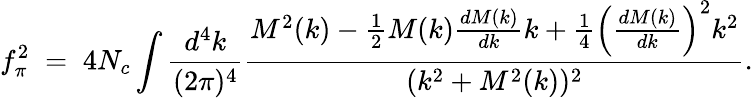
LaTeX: f_{\pi}^{2}\; =\; 4N_{c}\int\frac{d^{4}k}{(2\pi)^{4}}\frac{M^{2}(k)-\frac 12M(k)\frac{dM(k)}{dk}k+\frac 14\left(\frac{dM(k)}{dk}\right)^{2}k^{2}}{(k^{2}+M^{2}(k))^{2}}.